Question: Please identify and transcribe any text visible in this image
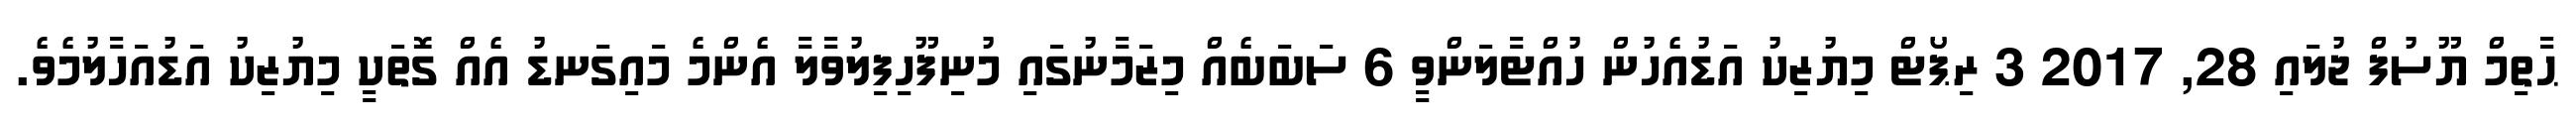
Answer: ޙާތިމް ޔޫސުފް ޖުލައި 28, 2017 3 ރިޕޯޓް މިޔުޒިކު އަޑުއެހުން ހުއްޓާލަންވީ 6 ސަބަބެއް މިޒަމާނުގައި މުނިފޫހިފިލުވާލާ އެންމެ މައިގަނޑު އެއް ގޮތަކީ މިޔުޒިކު އަޑުއަހާލުމެވެ.